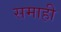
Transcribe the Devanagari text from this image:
समाही